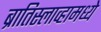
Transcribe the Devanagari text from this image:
ब्रातिस्लाव्हामध्ये